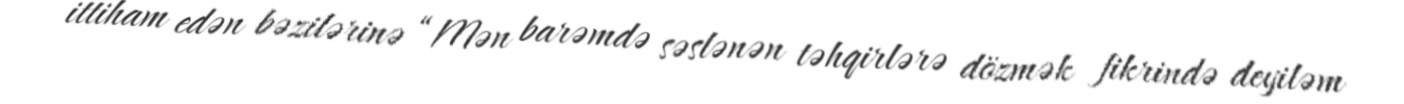
ittiham edən bəzilərinə “Mən barəmdə səslənən təhqirlərə dözmək fikrində deyiləm